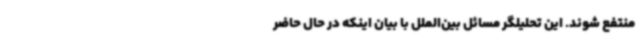
منتفع شوند. این تحلیلگر مسائل بین‌الملل با بیان اینکه در حال حاضر